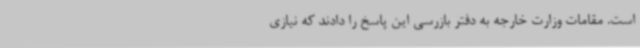
است. مقامات وزارت خارجه به دفتر بازرسی این پاسخ را دادند که نیازی